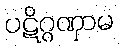
ပဋိဂ္ဂဏှာမ